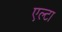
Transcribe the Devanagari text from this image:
एल्टा